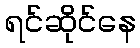
ရင်ဆိုင်နေ